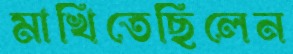
মাখিতেছিলেন